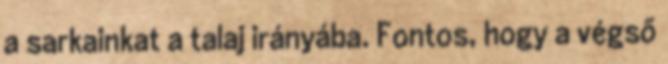
a sarkainkat a talaj irányába. Fontos, hogy a végső